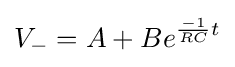
V_{-}=A+Be^{{\frac {-1}{RC}}t}